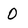
Character: 0